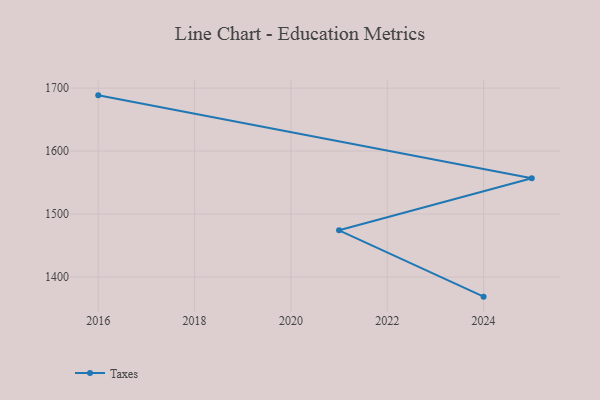
{"axis": {"x": "Year", "y": "Website Visitors"}, "legend": ["Taxes"], "data": [{"x": "2024", "y": 1368.8, "type": "Taxes"}, {"x": "2021", "y": 1474.1, "type": "Taxes"}, {"x": "2025", "y": 1556.7, "type": "Taxes"}, {"x": "2016", "y": 1688.4, "type": "Taxes"}]}